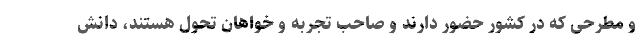
و مطرحی که در کشور حضور دارند و صاحب تجربه و خواهان تحول هستند، دانش